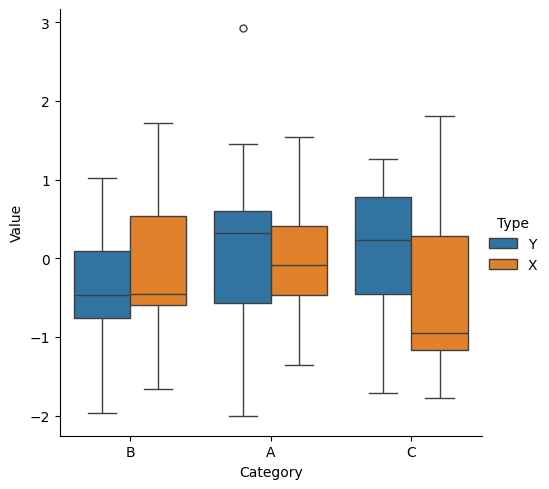
python, seaborn, catplot, kind='box', height=5, aspect=1